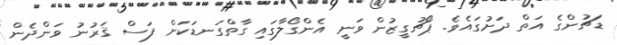
ޑަޗުންގެ އަތް ދަށުގައެވެ. ޕޯޗުގީޒުން ވަނީ އެންގޯލާގައި ގާތްގަނޑަކަށް ފަސް ޤަރުނު ވަންދެން